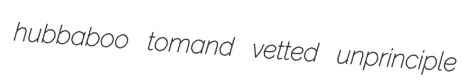
hubbaboo tomand vetted unprinciple